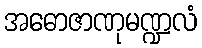
အဓောဇာဏုမဏ္ဍလံ